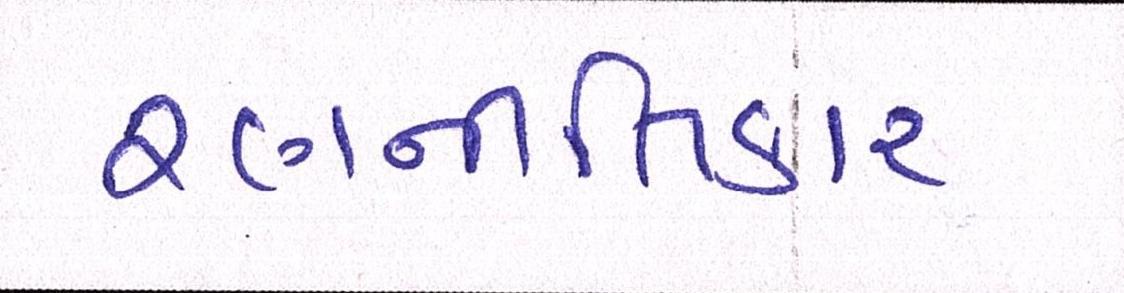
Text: રણનીતિકાર